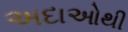
અદાઓથી